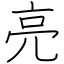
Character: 亮